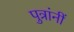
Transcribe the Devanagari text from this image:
पुत्रांनीं